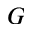
G